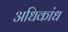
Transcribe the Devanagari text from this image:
अधिकांध